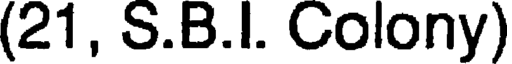
(21, S.B.I. Colony)